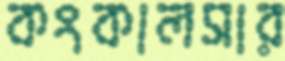
কংকালসার